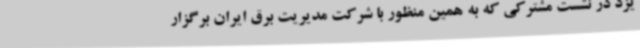
یزد در نشست مشترکی که به همین منظور با شرکت مدیریت برق ایران برگزار